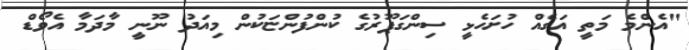
"އެންމެ މަތީ އަގެއް ހުށަހެޅީ ސިންގަޕޫރުގެ ކުންފުންޏަކުން މިއަދު ނޫނީ މާދަމާ އެވޯޑް